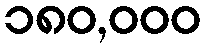
၁၈၀,၀၀၀